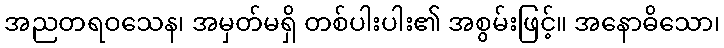
အညတရဝသေန၊ အမှတ်မရှိ တစ်ပါးပါး၏ အစွမ်းဖြင့်။ အနောဓိသော၊